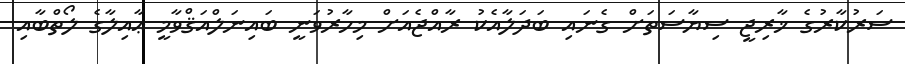
ސަރުކާރުގެ ޚާރިޖީ ސިޔާސަތަށް ގެނައި ބަދަލާއެކު ރާއްޖެއަށް މިހާރުވަނީ ބައިނަލްއަޤްވާމީ ޢާއިލާގެ ލޯތްބާއި